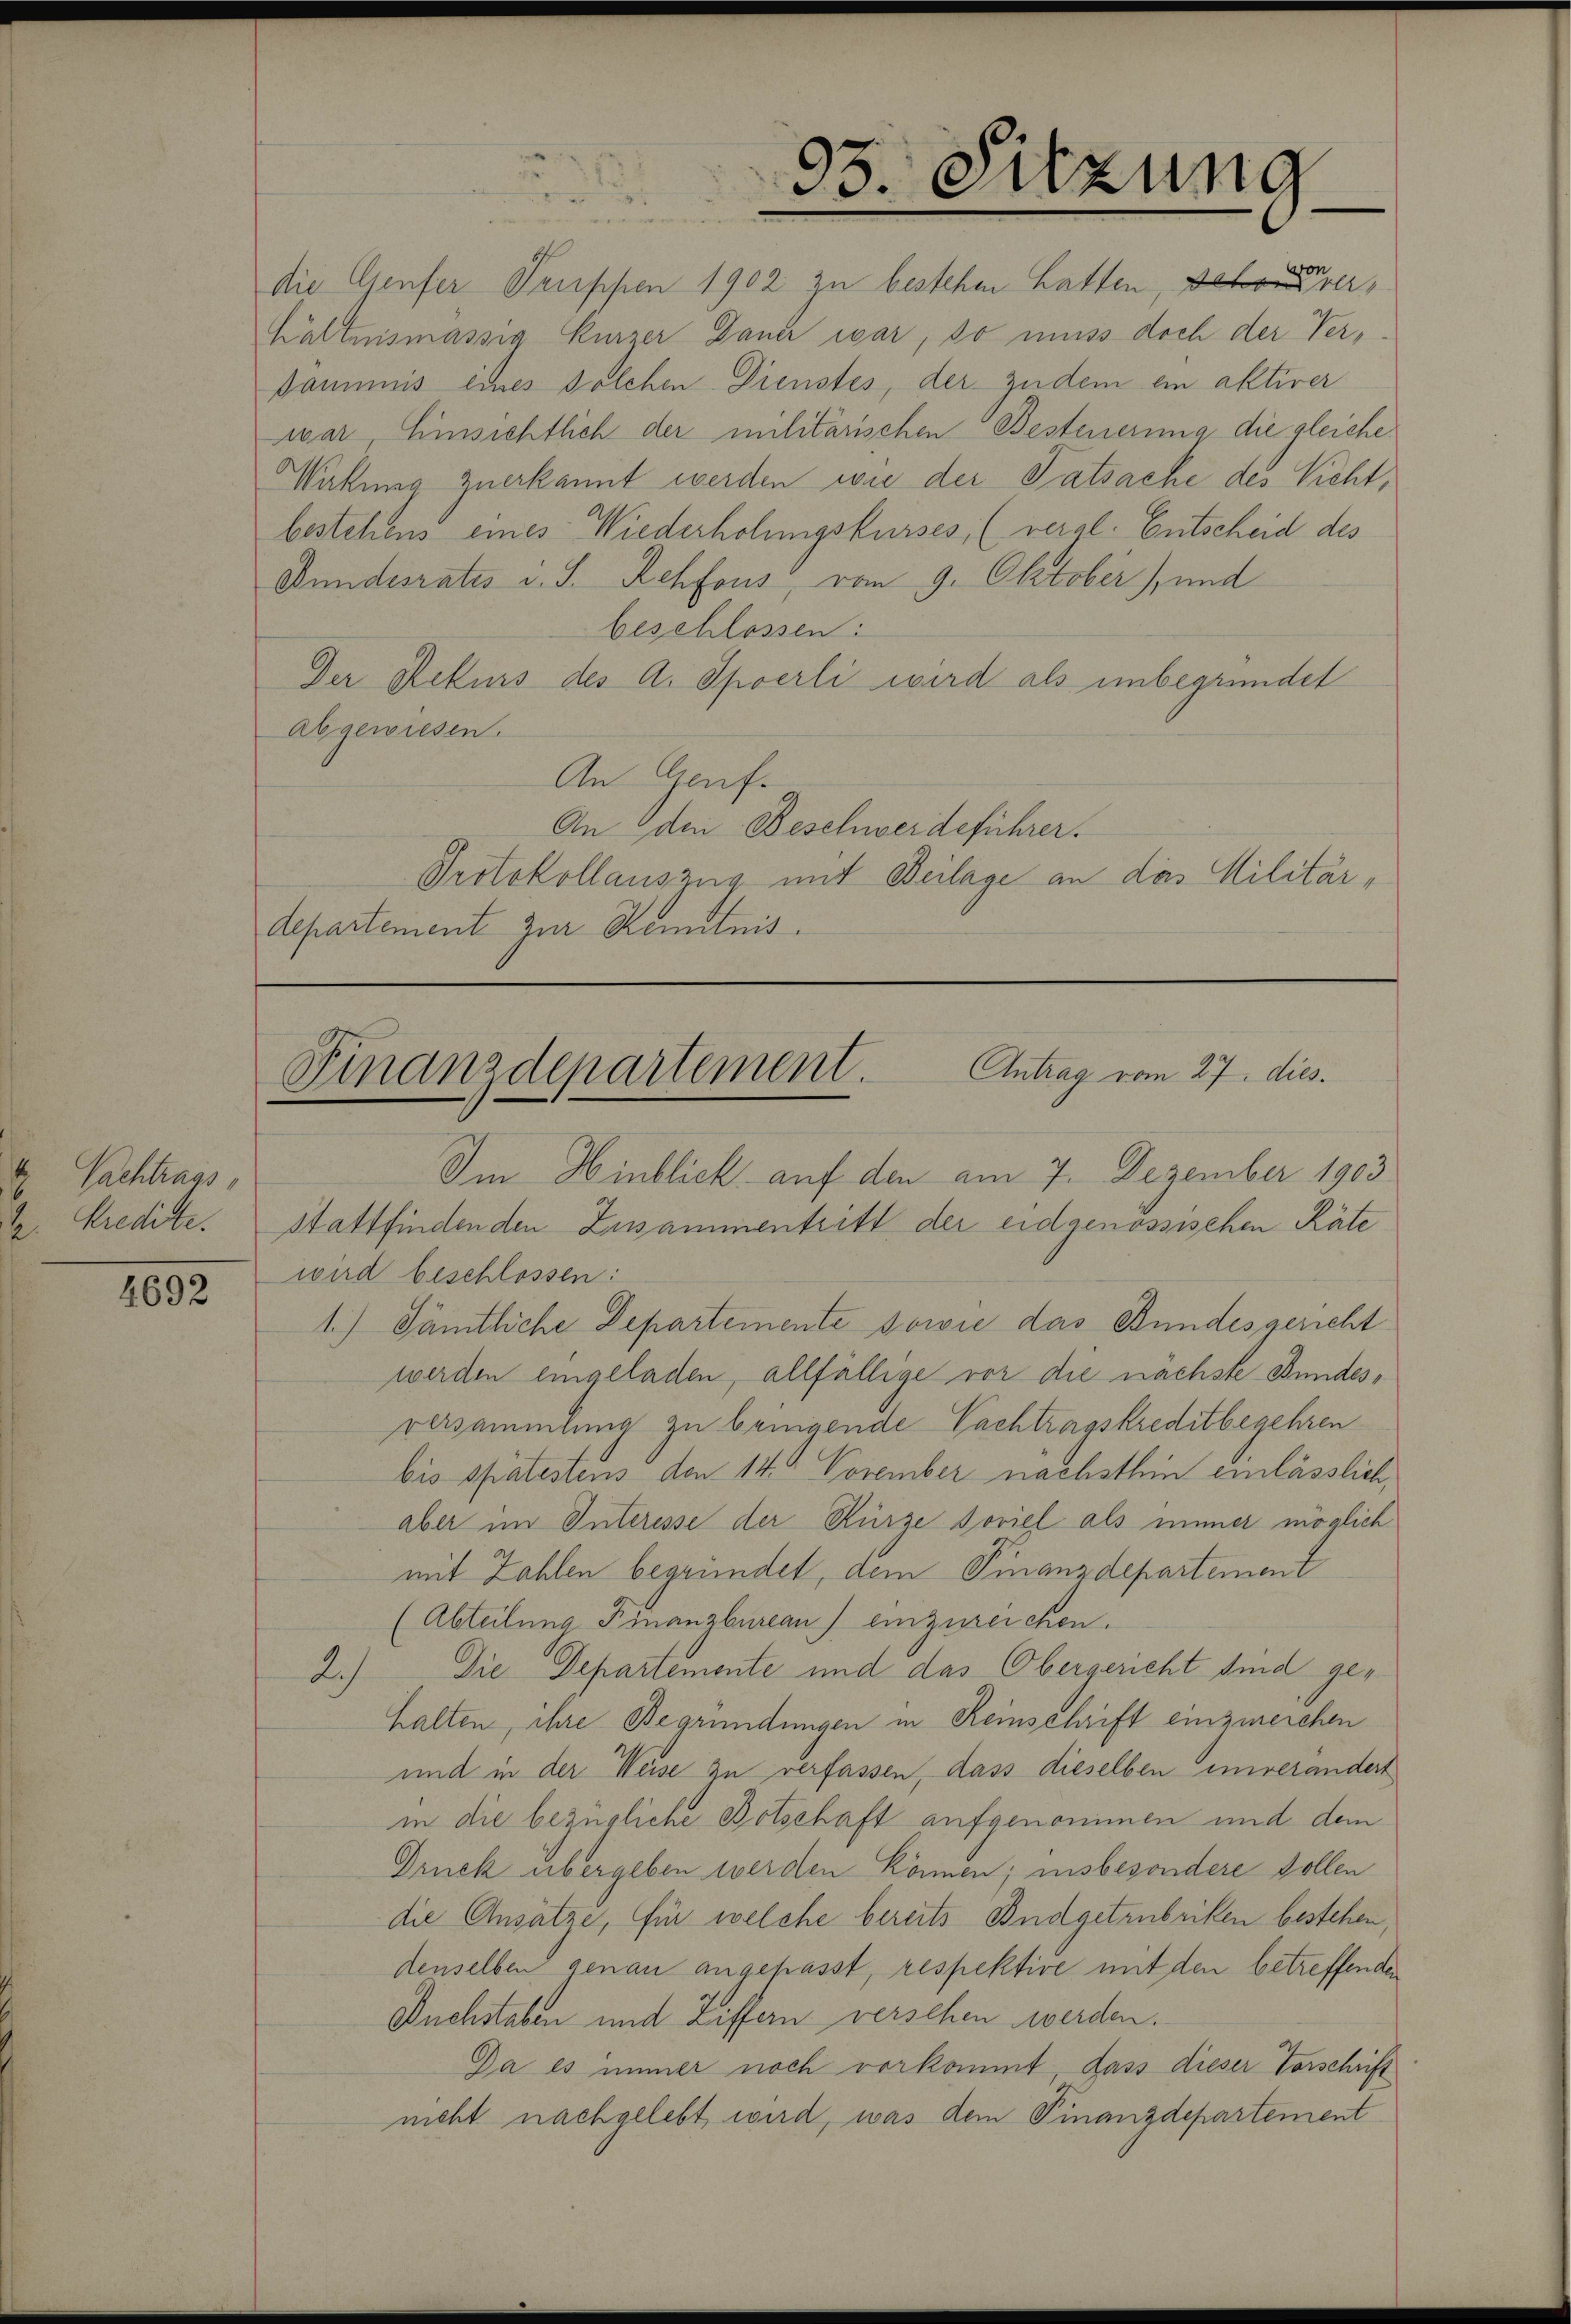
8
Nachtrags,

4692

hältnismässig Kurzer Dauer war, so muss doch der Ver¬
Daumis eines solchen Dienstes, der zudem ein aktiver

die Genfer Truppen 1902 zu bestehen hatten, der verwar, Einsichtlich der militärischen Besteuerung die gleiche
Wakung zuerkannt werden wie der Tatsache des Vieht,
bestehens eines Wiederholungskurses (veral. Entscheid des
Bundesrates u. S. Rehfous, vom 9. Oktober), und
beschlossen:
Der Rekurs des A. Sperli wird als unbegründet
abgewiesen.
An Genf.
An den Beschwerdeführer.
Protokollauszug mit Beilage an das Militärdepartement zur Kenntnis.

Finanzdepartement. Antrag vom 27. dies
Im Hinblick auf den am 7. Dezember 1903
2 Kredite. Stattfindenden Zusammentritt der eidgenössischen Räte

95. Sitzung

wird beschlossen:
1.) Sämtliche Departemente sowie das Bundesgericht
werden eingeladen, allfällige vor die nächste Bundesversammlung zu bringende Pachtragskreditbegehren
bis spätestens den 14. November nächsthin einlässlich
aber im Interesse der Kürze soviel als immer möglich
mit Zahlen begründet, dem Finanzdepartement
(Abteilung Finanzbureau einzureichen.
Die Departemente und das Obergericht sind ge¬
2.)
halten, ihre Begründungen in Reinschrift einzureichen
und in der Weise zu verfassen, dass dieselben unverändert
in die bezügliche Botschaft aufgenommen und dem
Druck übergeben werden können; insbesondere sollen
die Ansätze, für welche bereits Budgetrubriken bestehen,
denselben genau angepasst, respektive mit den betreffenden
Buchstaben und Ziffern versehen werden.
Da es immer noch vorkommt, dass dieser Vorschrift
nicht nachgelebt wird, was dem Finanzdepartement